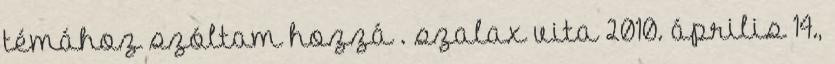
témához szóltam hozzá . szalax vita 2010. április 14.,